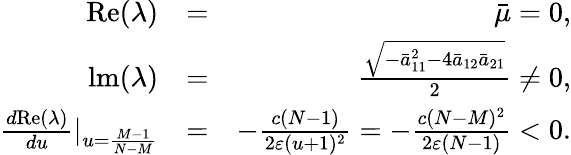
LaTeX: \begin{array}{rlr}{\mathrm{Re}(\lambda)}&{=}&{\bar{\mu}=0,}\\ {\mathrm{lm}(\lambda)}&{=}&{\frac{\sqrt{-\bar{a}_{11}^{2}-4\bar{a}_{12}\bar{a}_{21}}}{2}\neq 0,}\\ {\frac{d\mathrm{Re}(\lambda)}{du}|_{u=\frac{M-1}{N-M}}}&{=}&{-\frac{c(N-1)}{2\varepsilon(u+1)^{2}}=-\frac{c(N-M)^{2}}{2\varepsilon(N-1)}<0.}\end{array}